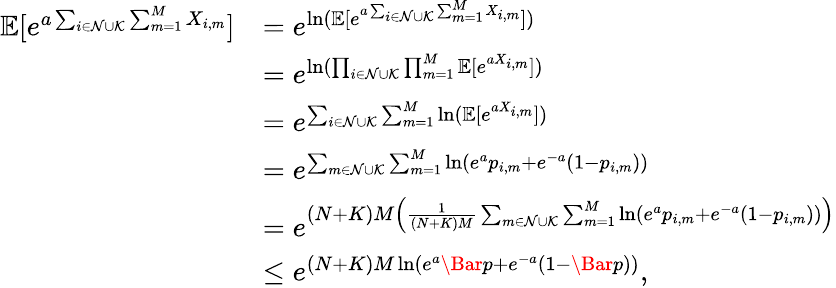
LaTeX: \begin{array}{rl}{\mathbb{E}[e^{a\sum_{i\in\mathcal{N}\cup\mathcal{K}}\sum_{m=1}^{M}X_{i,m}}]}&{=e^{\ln(\mathbb{E}[e^{a\sum_{i\in\mathcal{N}\cup\mathcal{K}}\sum_{m=1}^{M}X_{i,m}}])}}\\ &{=e^{\ln(\prod_{i\in\mathcal{N}\cup\mathcal{K}}\prod_{m=1}^{M}\mathbb{E}[e^{aX_{i,m}}])}}\\ &{=e^{\sum_{i\in\mathcal{N}\cup\mathcal{K}}\sum_{m=1}^{M}\ln(\mathbb{E}[e^{aX_{i,m}}])}}\\ &{=e^{\sum_{m\in\mathcal{N}\cup\mathcal{K}}\sum_{m=1}^{M}\ln(e^{a}p_{i,m}+e^{-a}(1-p_{i,m}))}}\\ &{=e^{(N+K)M\left(\frac{1}{(N+K)M}\sum_{m\in\mathcal{N}\cup\mathcal{K}}\sum_{m=1}^{M}\ln(e^{a}p_{i,m}+e^{-a}(1-p_{i,m}))\right)}}\\ &{\leq e^{(N+K)M\ln(e^{a}\Bar{p}+e^{-a}(1-\Bar{p}))},}\end{array}